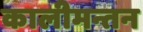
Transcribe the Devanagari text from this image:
कालीमन्तन